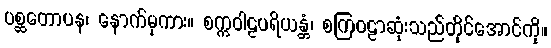
ပစ္ဆတောပန၊ နောက်မှကား။ စက္ကဝါဠပရိယန္တံ၊ စကြဝဠာဆုံးသည်တိုင်အောင်ကို။